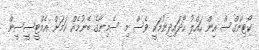
ކޯޓިންގްސް އިން ހައްލު ހޯދައިދިނުމަކީ ވެސް މި ސެމިނާގެ ބޭނުމެއް ކަމަށް އެމްޓީސީސީން